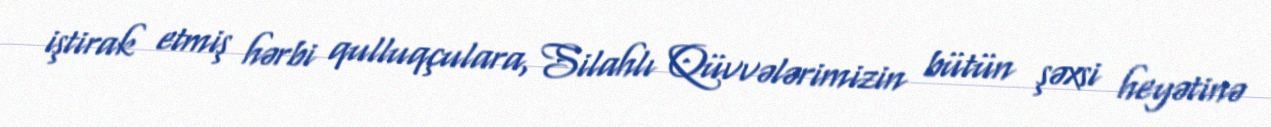
iştirak etmiş hərbi qulluqçulara, Silahlı Qüvvələrimizin bütün şəxsi heyətinə